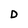
Character: D